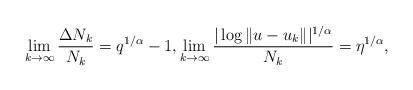
LaTeX: \begin{align*}\lim_{k \rightarrow \infty} \frac{\Delta N_k}{N_k} =q^{1/\alpha}-1,\lim_{k \rightarrow \infty} \frac{|\log\|u-u_k\||^{1/\alpha}}{N_k} =\eta^{1/\alpha},\end{align*}